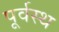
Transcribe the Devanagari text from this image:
पूर्वस्थ